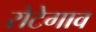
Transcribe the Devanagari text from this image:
रोटेगाव